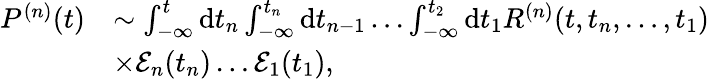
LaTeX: \begin{array}{r}{\begin{array}{rl}{P^{(n)}(t)}&{\sim\int_{-\infty}^{t}\mathrm{d}t_{n}\int_{-\infty}^{t_{n}}\mathrm{d}t_{n-1}\dots\int_{-\infty}^{t_{2}}\mathrm{d}t_{1}R^{(n)}(t,t_{n},\dots,t_{1})}\\ &{\times\mathcal{E}_{n}(t_{n})\dots\mathcal{E}_{1}(t_{1}),}\end{array}}\end{array}